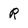
Character: R